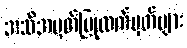
အသိအမှတ်ပြုလက်မှတ်များ